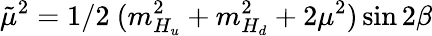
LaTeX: \tilde{\mu}^{2}=1/2\ (m_{H_{u}}^{2}+m_{H_{d}}^{2}+2\mu^{2})\sin 2\beta